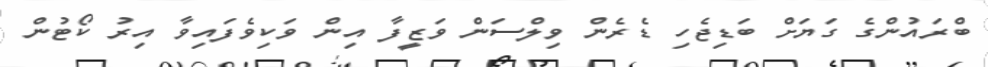
ބްރައުންގެ ގަޔަށް ބަޑިޖެހި ޑެރެން ވިލްސަން ވަޒީފާ އިން ވަކިވެފައިވާ އިރު ކޯޓުން